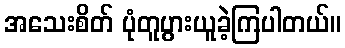
အသေးစိတ် ပုံတူပွားယူခဲ့ကြပါတယ်။